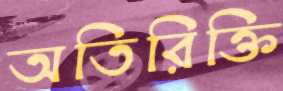
অতিরিক্তি